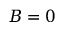
B = 0